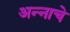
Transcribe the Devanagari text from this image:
अन्‍नाचे